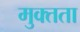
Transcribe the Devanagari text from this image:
मुक्‍तता